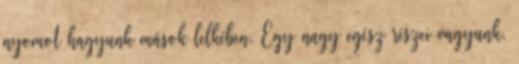
nyomot hagyunk mások lelkében. Egy nagy egész részei vagyunk,